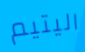
اليتيم